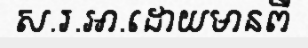
ស.រ.អា.ដោយមានពី